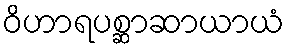
ဝိဟာရပစ္ဆာဆာယာယံ